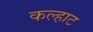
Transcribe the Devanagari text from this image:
कल्हाट